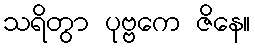
သရိတွာ ပုဗ္ဗကေ ဇိနေ။